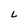
Character: L